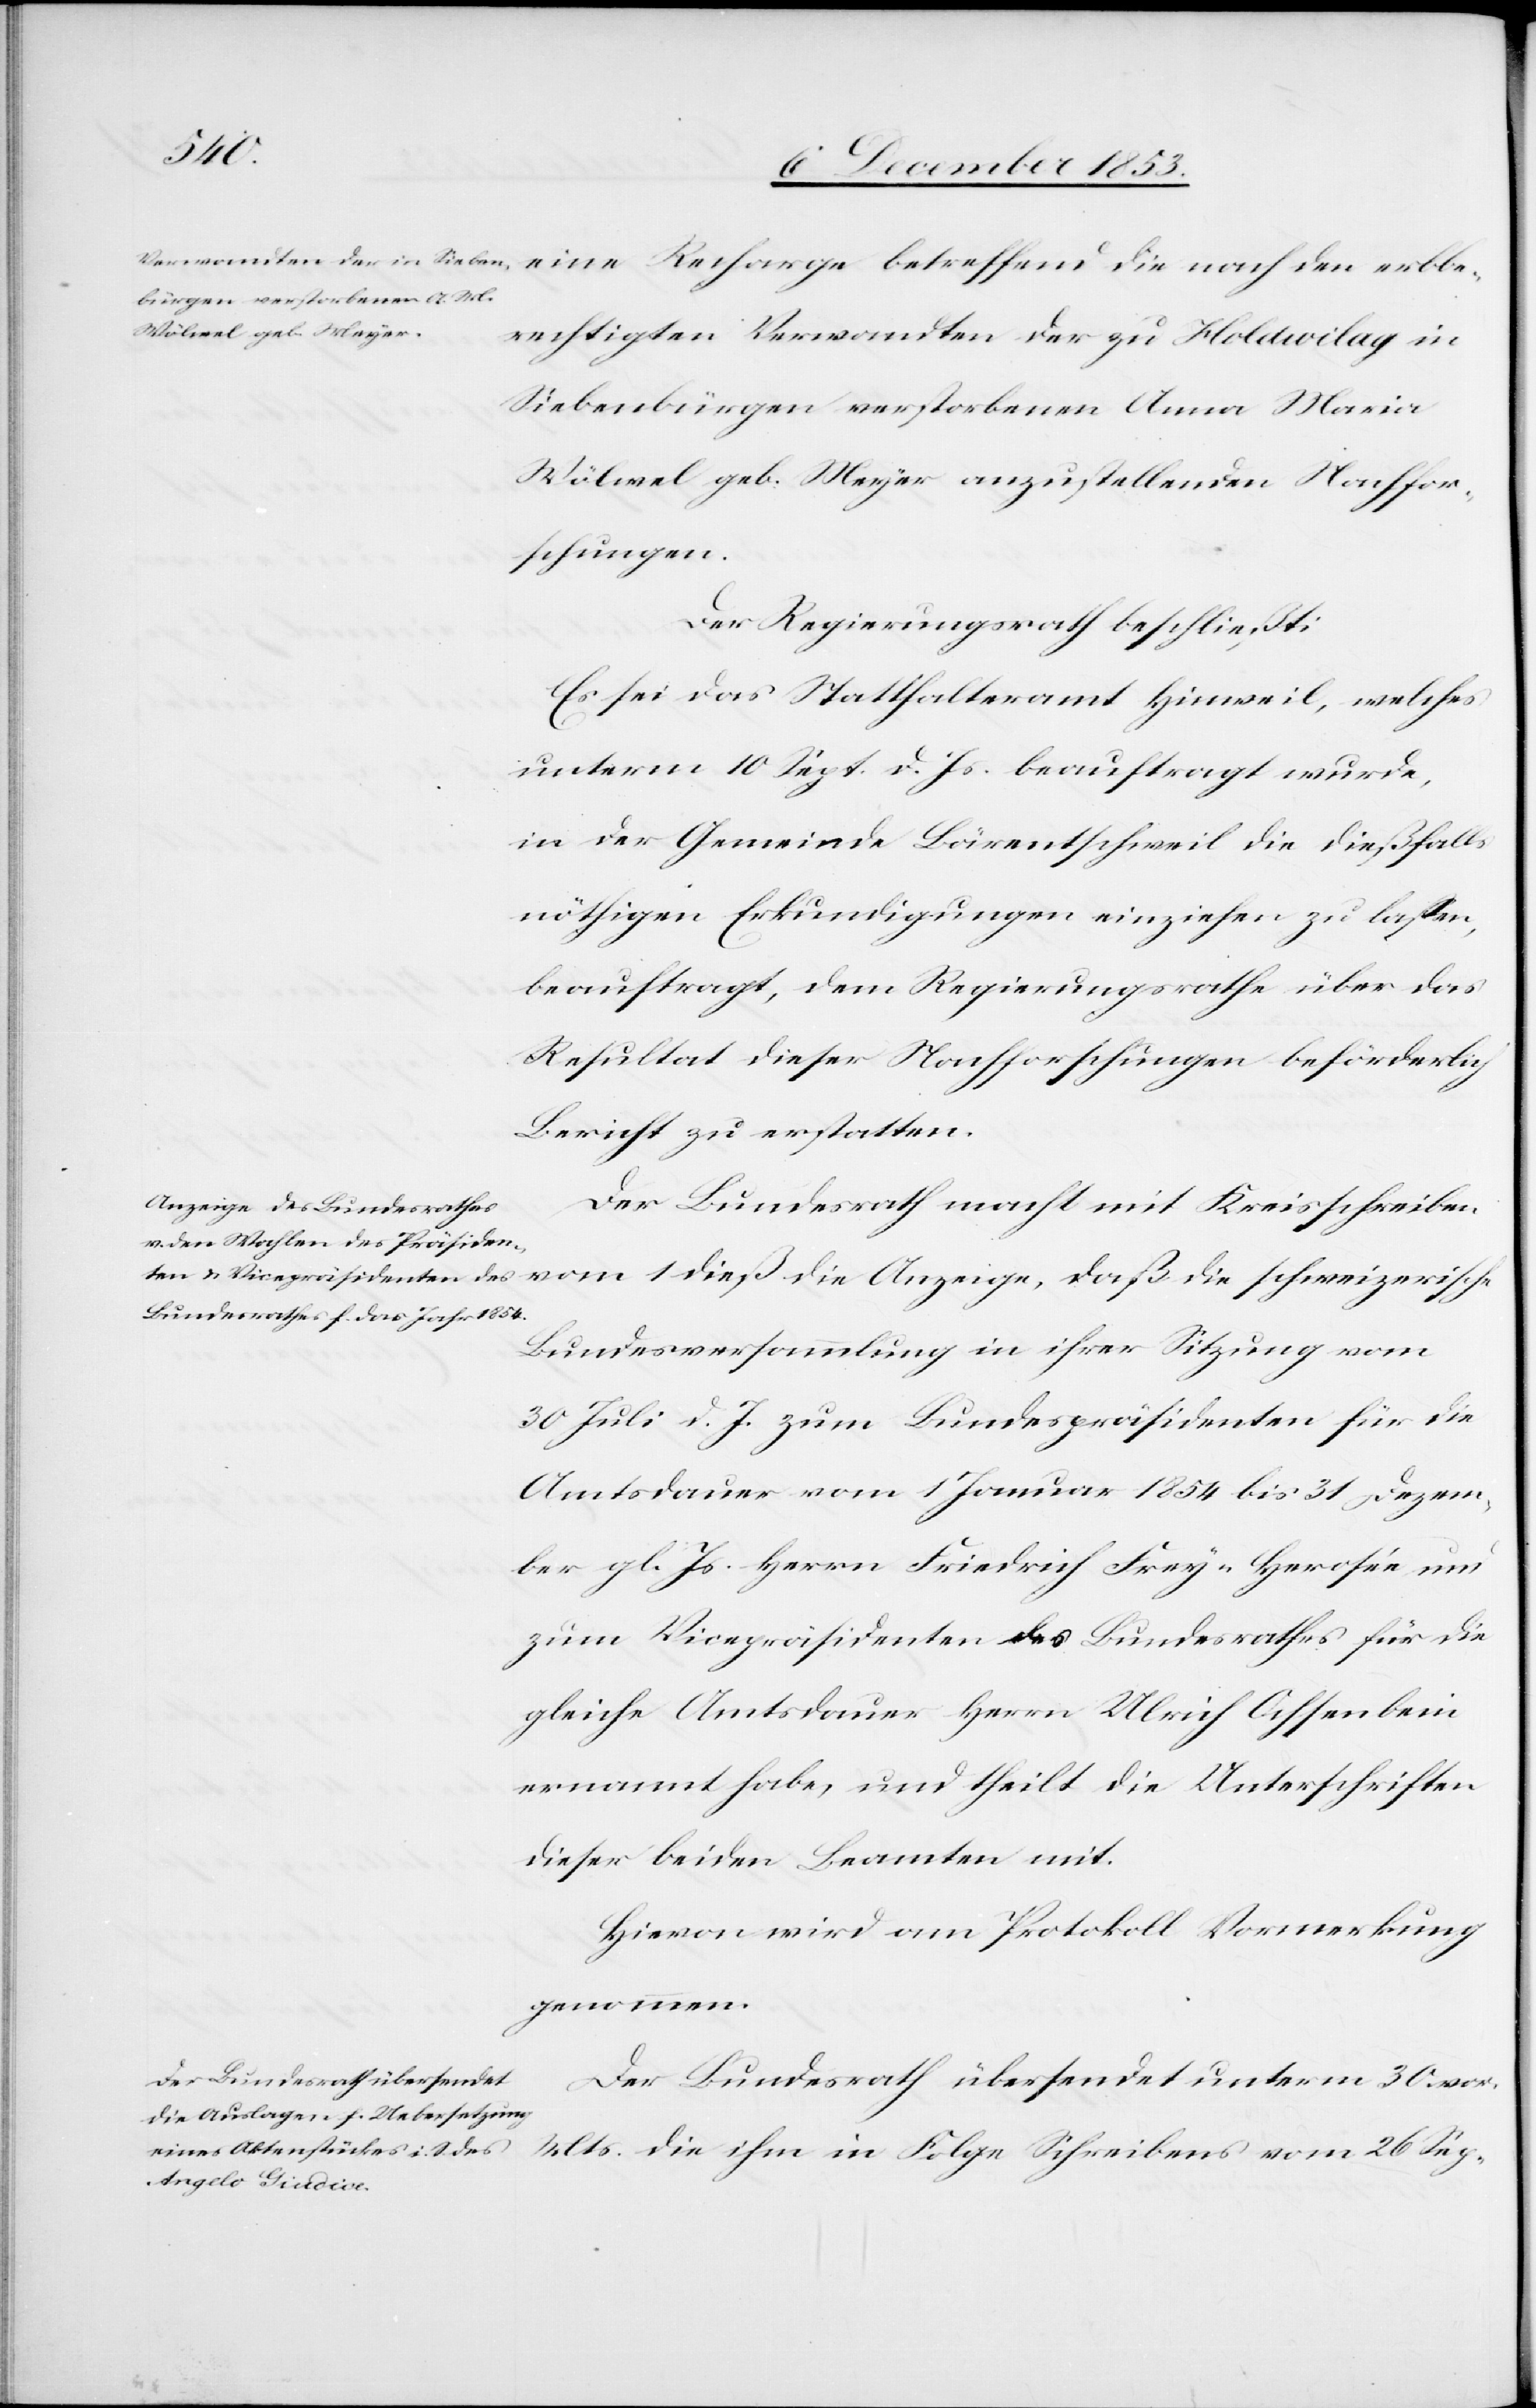
erbb¬
erechtigten Verwandten der zu Holdivilag in
Siebenbürgen verstorbenen Anna Maria
Wölwel geb. Meyer anzustellenden Nachfor¬
schungen.
Der Regierungsrath beschließt:
Es sei das Statthalteramt Hinweil, welches
unterm 10 Sept. d. Js. beauftragt wurde,
in der Gemeinde Bärentschweil die dießfalls
nöthigen Erkundigungen einziehen zu laßen,
beauftragt, dem Regierungsrathe über das
Resultat dieser Nachforschungen beförderlich
Bericht zu erstatten.
Der Bundesrath macht mit Kreisschreiben
Bezirksversammlung in ihrer Sitzung vom
30 Juli d. J. zum Bundespräsidenten für die
Amtsdauer von 1 Januar 1854 bis 31 Dezem¬
ber gl. Js. Herrn Friedrich Frey-Herosée und
zum Vicepräsidenten des Bundesrathes für die
gleiche Amtsdauer Herrn Ulrich Ochsenbein
ernannt habe, und theilt die Unterschriften
dieser beiden Beamten mit.
Hievon wird am Protokoll Vormerkung
genommen.
Der Bundesrath übersendet unterm 30 v.
Mts. die ihm in Folge Schreibens vom 26 Sep-